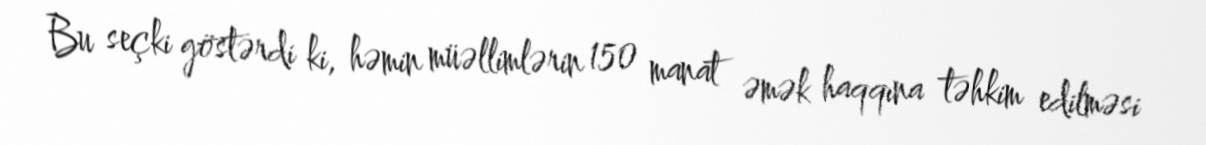
Bu seçki göstərdi ki, həmin müəllimlərin 150 manat əmək haqqına təhkim edilməsi